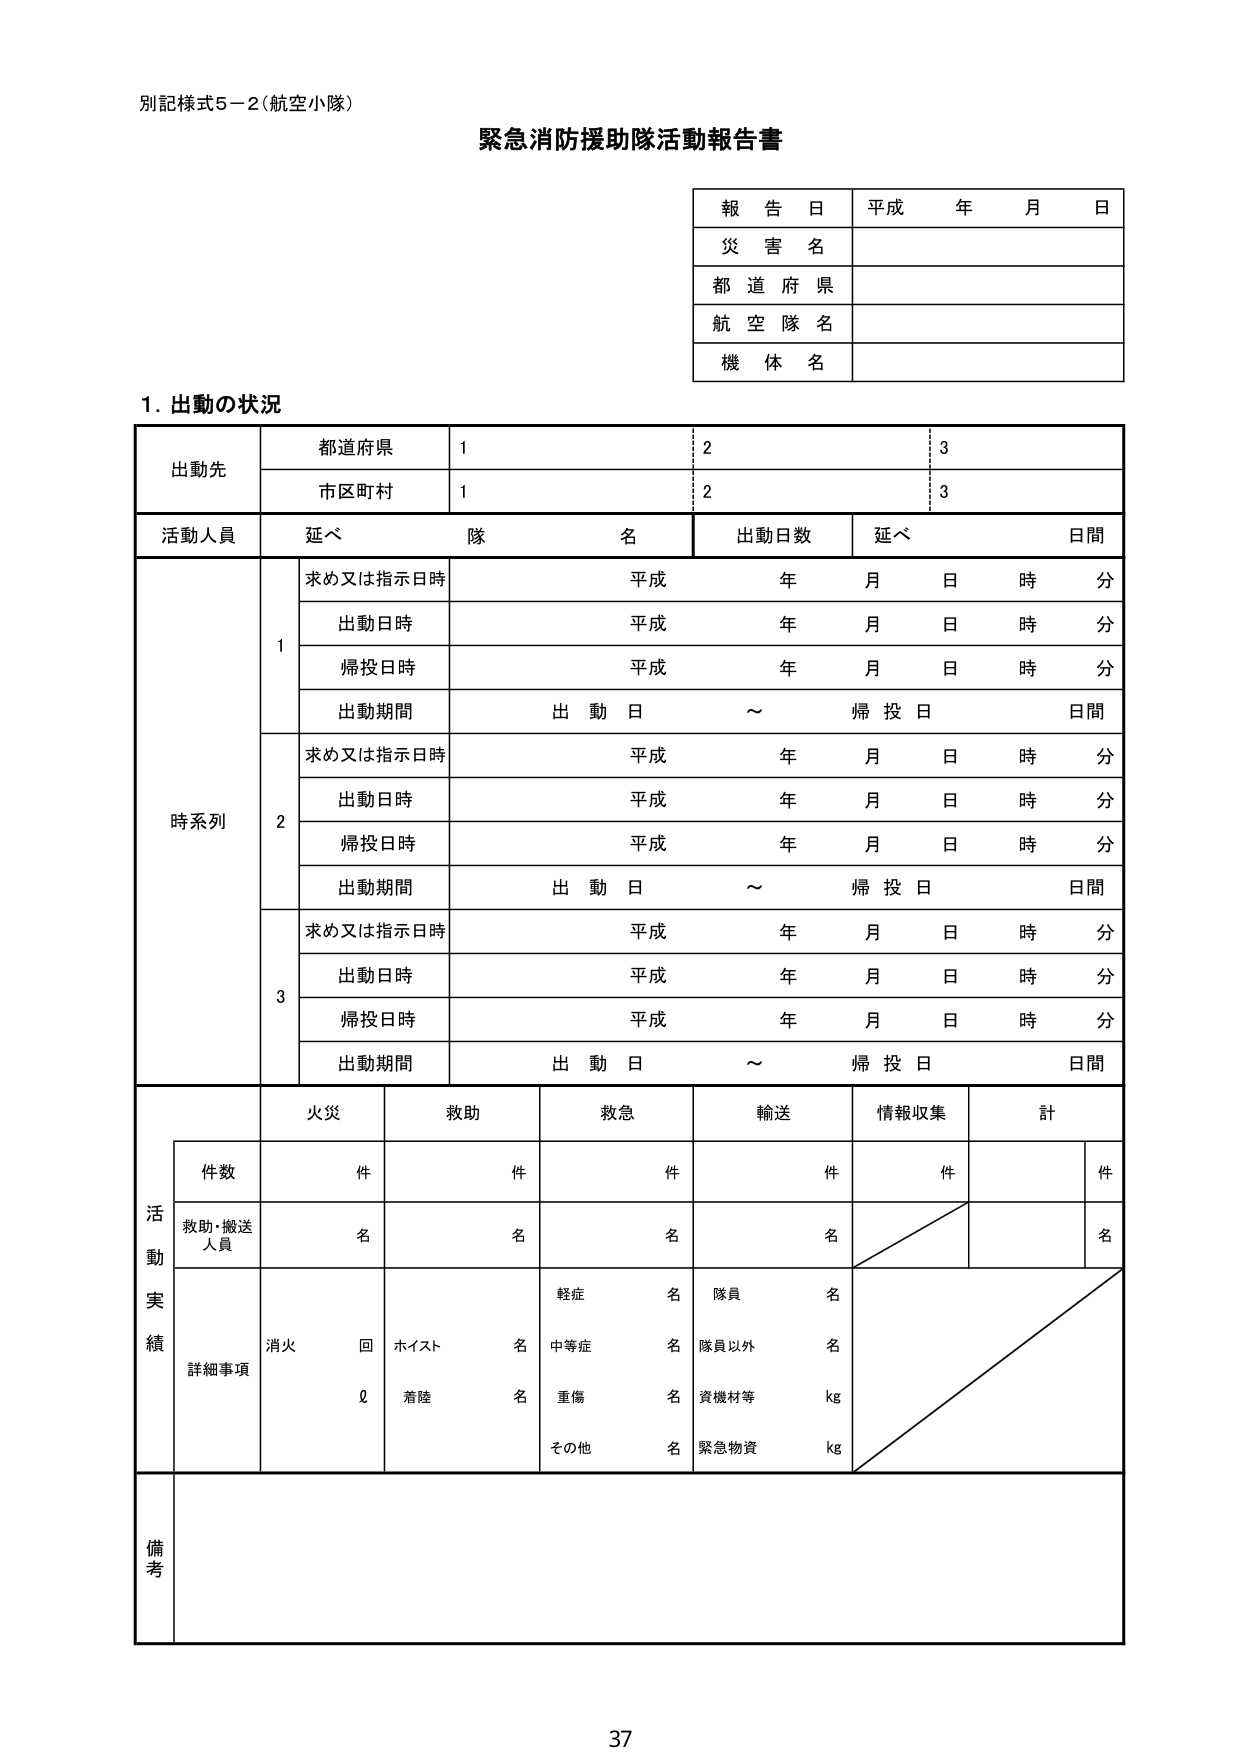
別記様式5－2（航空小隊）

緊急消防援助隊活動報告書

報告日 平成 年 月 日
災害名
都道府県
航空隊名
機体名

1. 出動の状況

出動先
都道府県 1 2 3
市区町村 1 2 3

活動人員 延べ 隊 名 出動日数 延べ 日間

時系列
1
求め又は指示日時 平成 年 月 日 時 分
出動日時 平成 年 月 日 時 分
帰投日時 平成 年 月 日 時 分
出動期間 出動日 ～ 帰投日 日間

2
求め又は指示日時 平成 年 月 日 時 分
出動日時 平成 年 月 日 時 分
帰投日時 平成 年 月 日 時 分
出動期間 出動日 ～ 帰投日 日間

3
求め又は指示日時 平成 年 月 日 時 分
出動日時 平成 年 月 日 時 分
帰投日時 平成 年 月 日 時 分
出動期間 出動日 ～ 帰投日 日間

活動実績
火災 救助 救急 輸送 情報収集 計
件数 件 件 件 件 件 件
救助・搬送人員 名 名 名 名 名
詳細事項
消火 回 ホイスト 名 軽症 名 隊員 名
着陸 名 中等症 名 隊員以外 名
重傷 名 資機材等 kg
その他 名 緊急物資 kg

備考

37